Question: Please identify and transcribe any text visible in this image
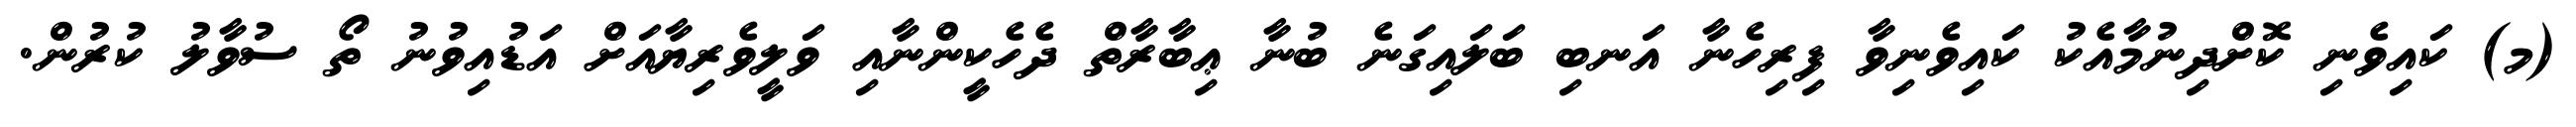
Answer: (މ) ކައިވެނި ކޮށްދިނުމާއެކު ކައިވެނިވާ ފިރިހެނާ އަނބި ބަލައިގަނެ ބުނާ ޢިބާރާތް ދެހެކީންނާއި ވަލީވެރިޔާއަށް އަޑުއިވުނު ތޯ ސުވާލު ކުރުން.